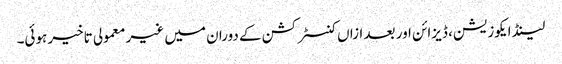
لینڈ ایکوزیشن، ڈیزائن اور بعد ازاں کنسٹرکشن کے دوران میں غیر معمولی تاخیر ہوئی۔